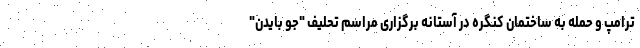
ترامپ و حمله به ساختمان کنگره در آستانه برگزاری مراسم تحلیف "جو بایدن"